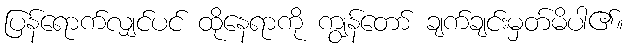
ပြန်ရောက်လျှင်ပင် ထိုနေရာကို ကျွန်တော် ချက်ချင်းမှတ်မိပါ၏။